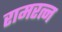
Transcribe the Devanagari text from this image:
रामरत्‍न